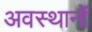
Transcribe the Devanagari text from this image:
अवस्थानों